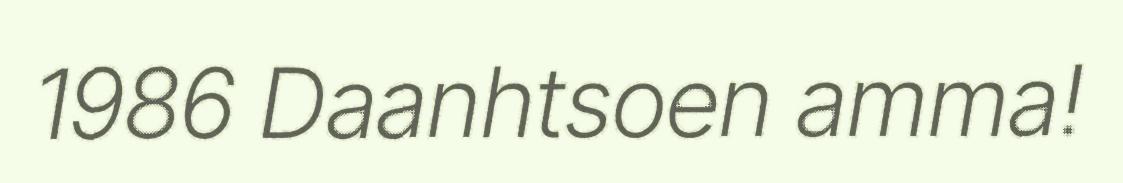
1986 Daanhtsoen amma!